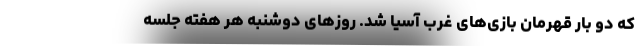
که دو بار قهرمان بازی‌های غرب آسیا شد. روزهای دوشنبه هر هفته جلسه